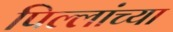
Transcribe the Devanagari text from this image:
पिल्लांच्या